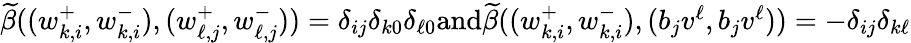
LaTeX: \begin{array}{r}{\widetilde{\beta}((w_{k,i}^{+},w_{k,i}^{-}),(w_{\ell,j}^{+},w_{\ell,j}^{-}))=\delta_{ij}\delta_{k0}\delta_{\ell 0}\textnormal{and}\widetilde{\beta}((w_{k,i}^{+},w_{k,i}^{-}),(b_{j}v^{\ell},b_{j}v^{\ell}))=-\delta_{ij}\delta_{k\ell}}\end{array}